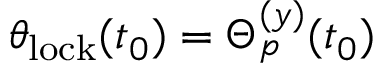
\theta _ { \mathrm { l o c k } } ( t _ { 0 } ) = \Theta _ { p } ^ { ( y ) } ( t _ { 0 } )